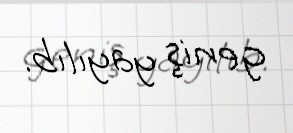
geniş yayılıb.